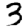
Digit: 3